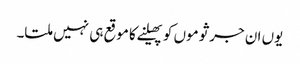
یوں ان جرثوموں کو پھیلنے کا موقع ہی نہیں ملتا۔